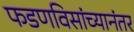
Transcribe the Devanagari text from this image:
फडणविसांच्यानंतर